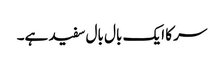
سر کا ایک بال بال سفید ہے۔